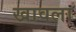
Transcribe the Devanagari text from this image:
खावला